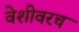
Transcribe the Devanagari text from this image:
वेशीवरच